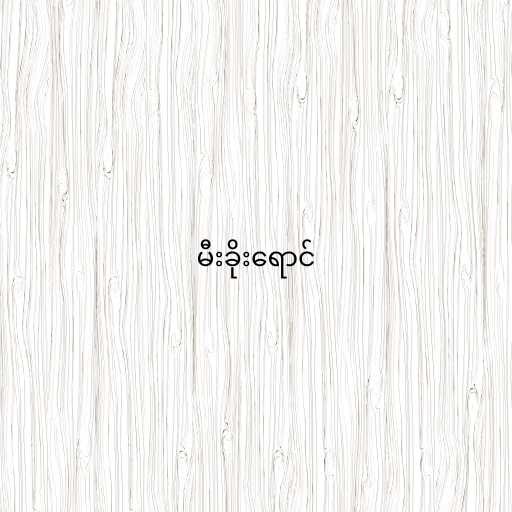
မီးခိုးရောင်